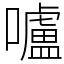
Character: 嚧